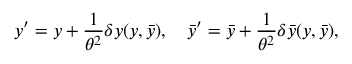
y ^ { \prime } = y + { \frac { 1 } { \theta ^ { 2 } } } \delta y ( y , \bar { y } ) , \quad \bar { y } ^ { \prime } = \bar { y } + { \frac { 1 } { \theta ^ { 2 } } } \delta \bar { y } ( y , \bar { y } ) ,